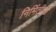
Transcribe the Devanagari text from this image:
निर्मितीशी